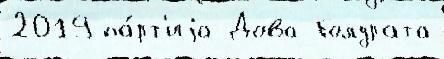
2019 па́рт'иjа Дова Голдрата